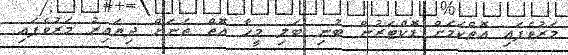
މަރުވެފައި އޮތްކަމަށް ޑޮކްޓަރުން ބުނި ބަލި މީހާ އޮތް ތަނަށް ދިޔައިރު މަރުވެފައި